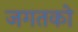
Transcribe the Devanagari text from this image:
जगतको